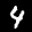
Label: 4